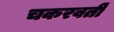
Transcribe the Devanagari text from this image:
चकरवर्ती